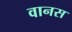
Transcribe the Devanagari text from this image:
वानस